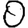
Digit: 0